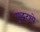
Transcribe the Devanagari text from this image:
युद्धदृश्ये